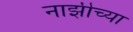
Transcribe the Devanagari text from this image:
नाझीच्या